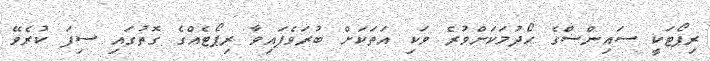
ރިޕޯޓަކީ ސައިންސްގެ ހޯދުމަކަށްވުރެ ވަކި އަތަކަށް ބުރަވެފައިވާ ރިޕޯޓެއްގެ ގޮތުގައި ސިފަ ކުރެވޭ